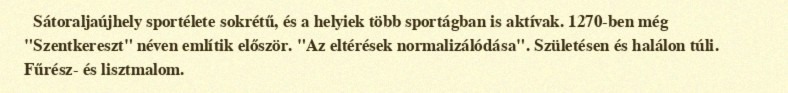
Sátoraljaújhely sportélete sokrétű, és a helyiek több sportágban is aktívak. 1270-ben még "Szentkereszt" néven említik először. "Az eltérések normalizálódása". Születésen és halálon túli. Fűrész- és lisztmalom.